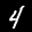
Label: 4